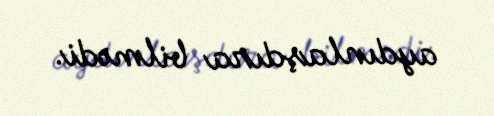
aydınlaşdıra bilmədi.